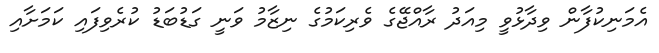
އެމަނިކުފާން ވިދާޅުވީ މިއަދު ރާއްޖޭގެ ވެރިކަމުގެ ނިޒާމު ވަނީ ގަޑުބަޑު ކުރެވިފައި ކަމަށާއި